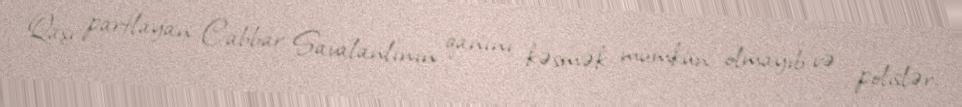
Qaşı partlayan Cabbar Savalanlının qanını kəsmək mümkün olmayıb və polislər